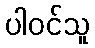
ပါဝင်သူ